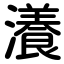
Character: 瀁